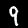
Label: 9